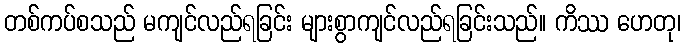
တစ်ကပ်စသည် မကျင်လည်ရခြင်း များစွာကျင်လည်ရခြင်းသည်။ ကိဿ ဟေတု၊